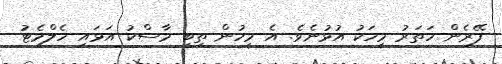
ފޭރެން ހަތަރު މީހަކު އުޅުނެވެ. އެ މީހުން ތިބީ މާސްކު އަޅައި ހެލްމެޓު